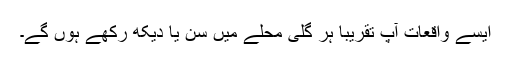
ایسے واقعات آپ تقریباً ہر گلی محلے میں سن یا دیکھ رکھے ہوں گے۔